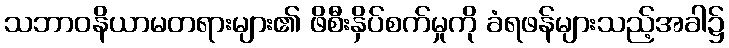
သဘာဝနိယာမတရားများ၏ ဖိစီးနှိပ်စက်မှုကို ခံရဖန်များသည့်အခါ၌